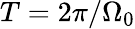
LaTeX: T=2\pi/\Omega_{0}